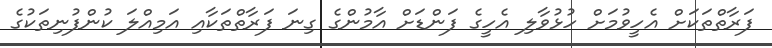
ފަރާތްތަކަށް އެހީވުމަށް ހުޅުވާލި އެހީގެ ފަންޑަށް އާމުންގެ ގިނަ ފަރާތްތަކާއި އަމިއްލަ ކުންފުނިތަކުގެ